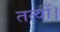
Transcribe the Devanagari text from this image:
तत्वों।